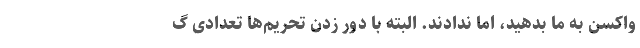
واکسن به ما بدهید، اما ندادند. البته با دور زدن تحریم‌ها تعدادی گ